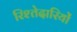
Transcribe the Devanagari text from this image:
रिश्तेदारियों